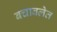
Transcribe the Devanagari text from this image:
बचावलेत